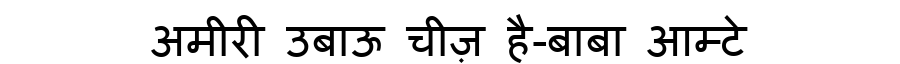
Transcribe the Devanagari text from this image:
अमीरी उबाऊ चीज़ है-बाबा आम्टे